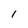
Character: l